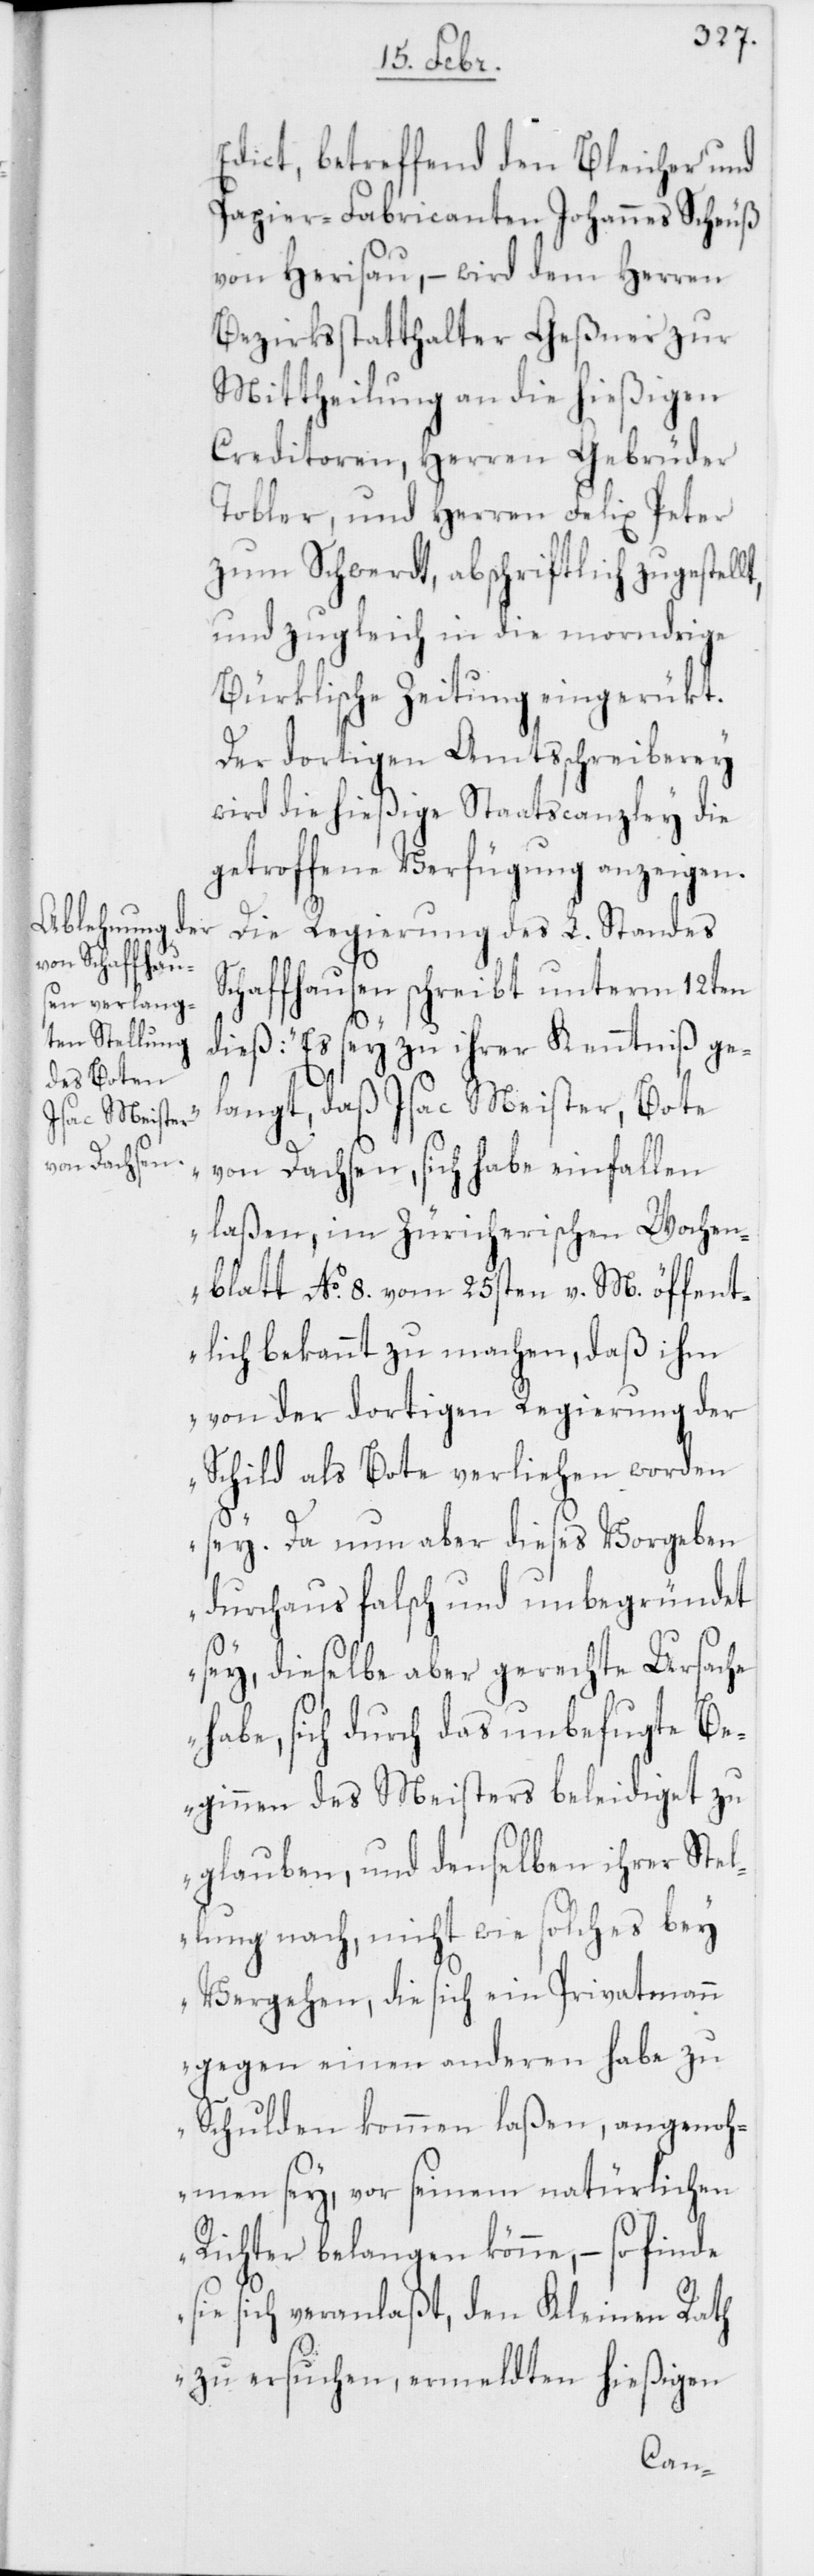
Edict, betreffend den Bleicher und
Papier-Fabricanten Johannes Scheuß
von Herisau, – wird dem Herren
Bezirksstatthalter Geßner zur
Mittheilung an die hießigen
Creditoren, Herren Gebrüder
Tobler, und Herren Felix Peter
zum Schwerdt, abschriftlich zugestell¬
und zugleich in die morndrige
Bürklische Zeitung eingerükt.
Der dortigen Amtsschreiberey
wird die hießige Staatscanzley die
getroffene Verfügung anzeigen.
Die Regierung des L. Standes
Schaffhausen schreibt unterm 12ten
dieß: „Es sey zu ihrer Kenntniß ge¬
langt, daß Isac Meister, Bote
von Dachsen, sich habe einfallen
laßen, im Zürcherischen Wochen¬
t,
blatt No. 8. vom 25sten v. M. öffent¬
lich bekannt zu machen, daß ihm
von der dortigen Regierung der
Schild als Bote verliehen worden
sey. Da nun aber dieses Vorgeben
durchaus falsch und unbegründet
sey, dieselbe aber gerechte Ursache
habe, sich durch das unbefugte Be¬
ginnen des Meisters beleidiget zu
glauben, und denselben ihrer Stel¬
lung nach, nicht wie solches bey
Vergehen, die sich ein Privatmann
gegen einen andern habe zu
Schulden kommen laßen, angenoh¬
men sey, vor seinem natürlichen
Richter belangen könne, – so finde
sie sich veranlaßt, den Kleinen Rath
zu ersuchen, ermeldten hießigen